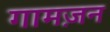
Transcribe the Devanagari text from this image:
गामज़न